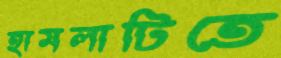
হামলাটিতে